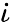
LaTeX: \dot{\iota}